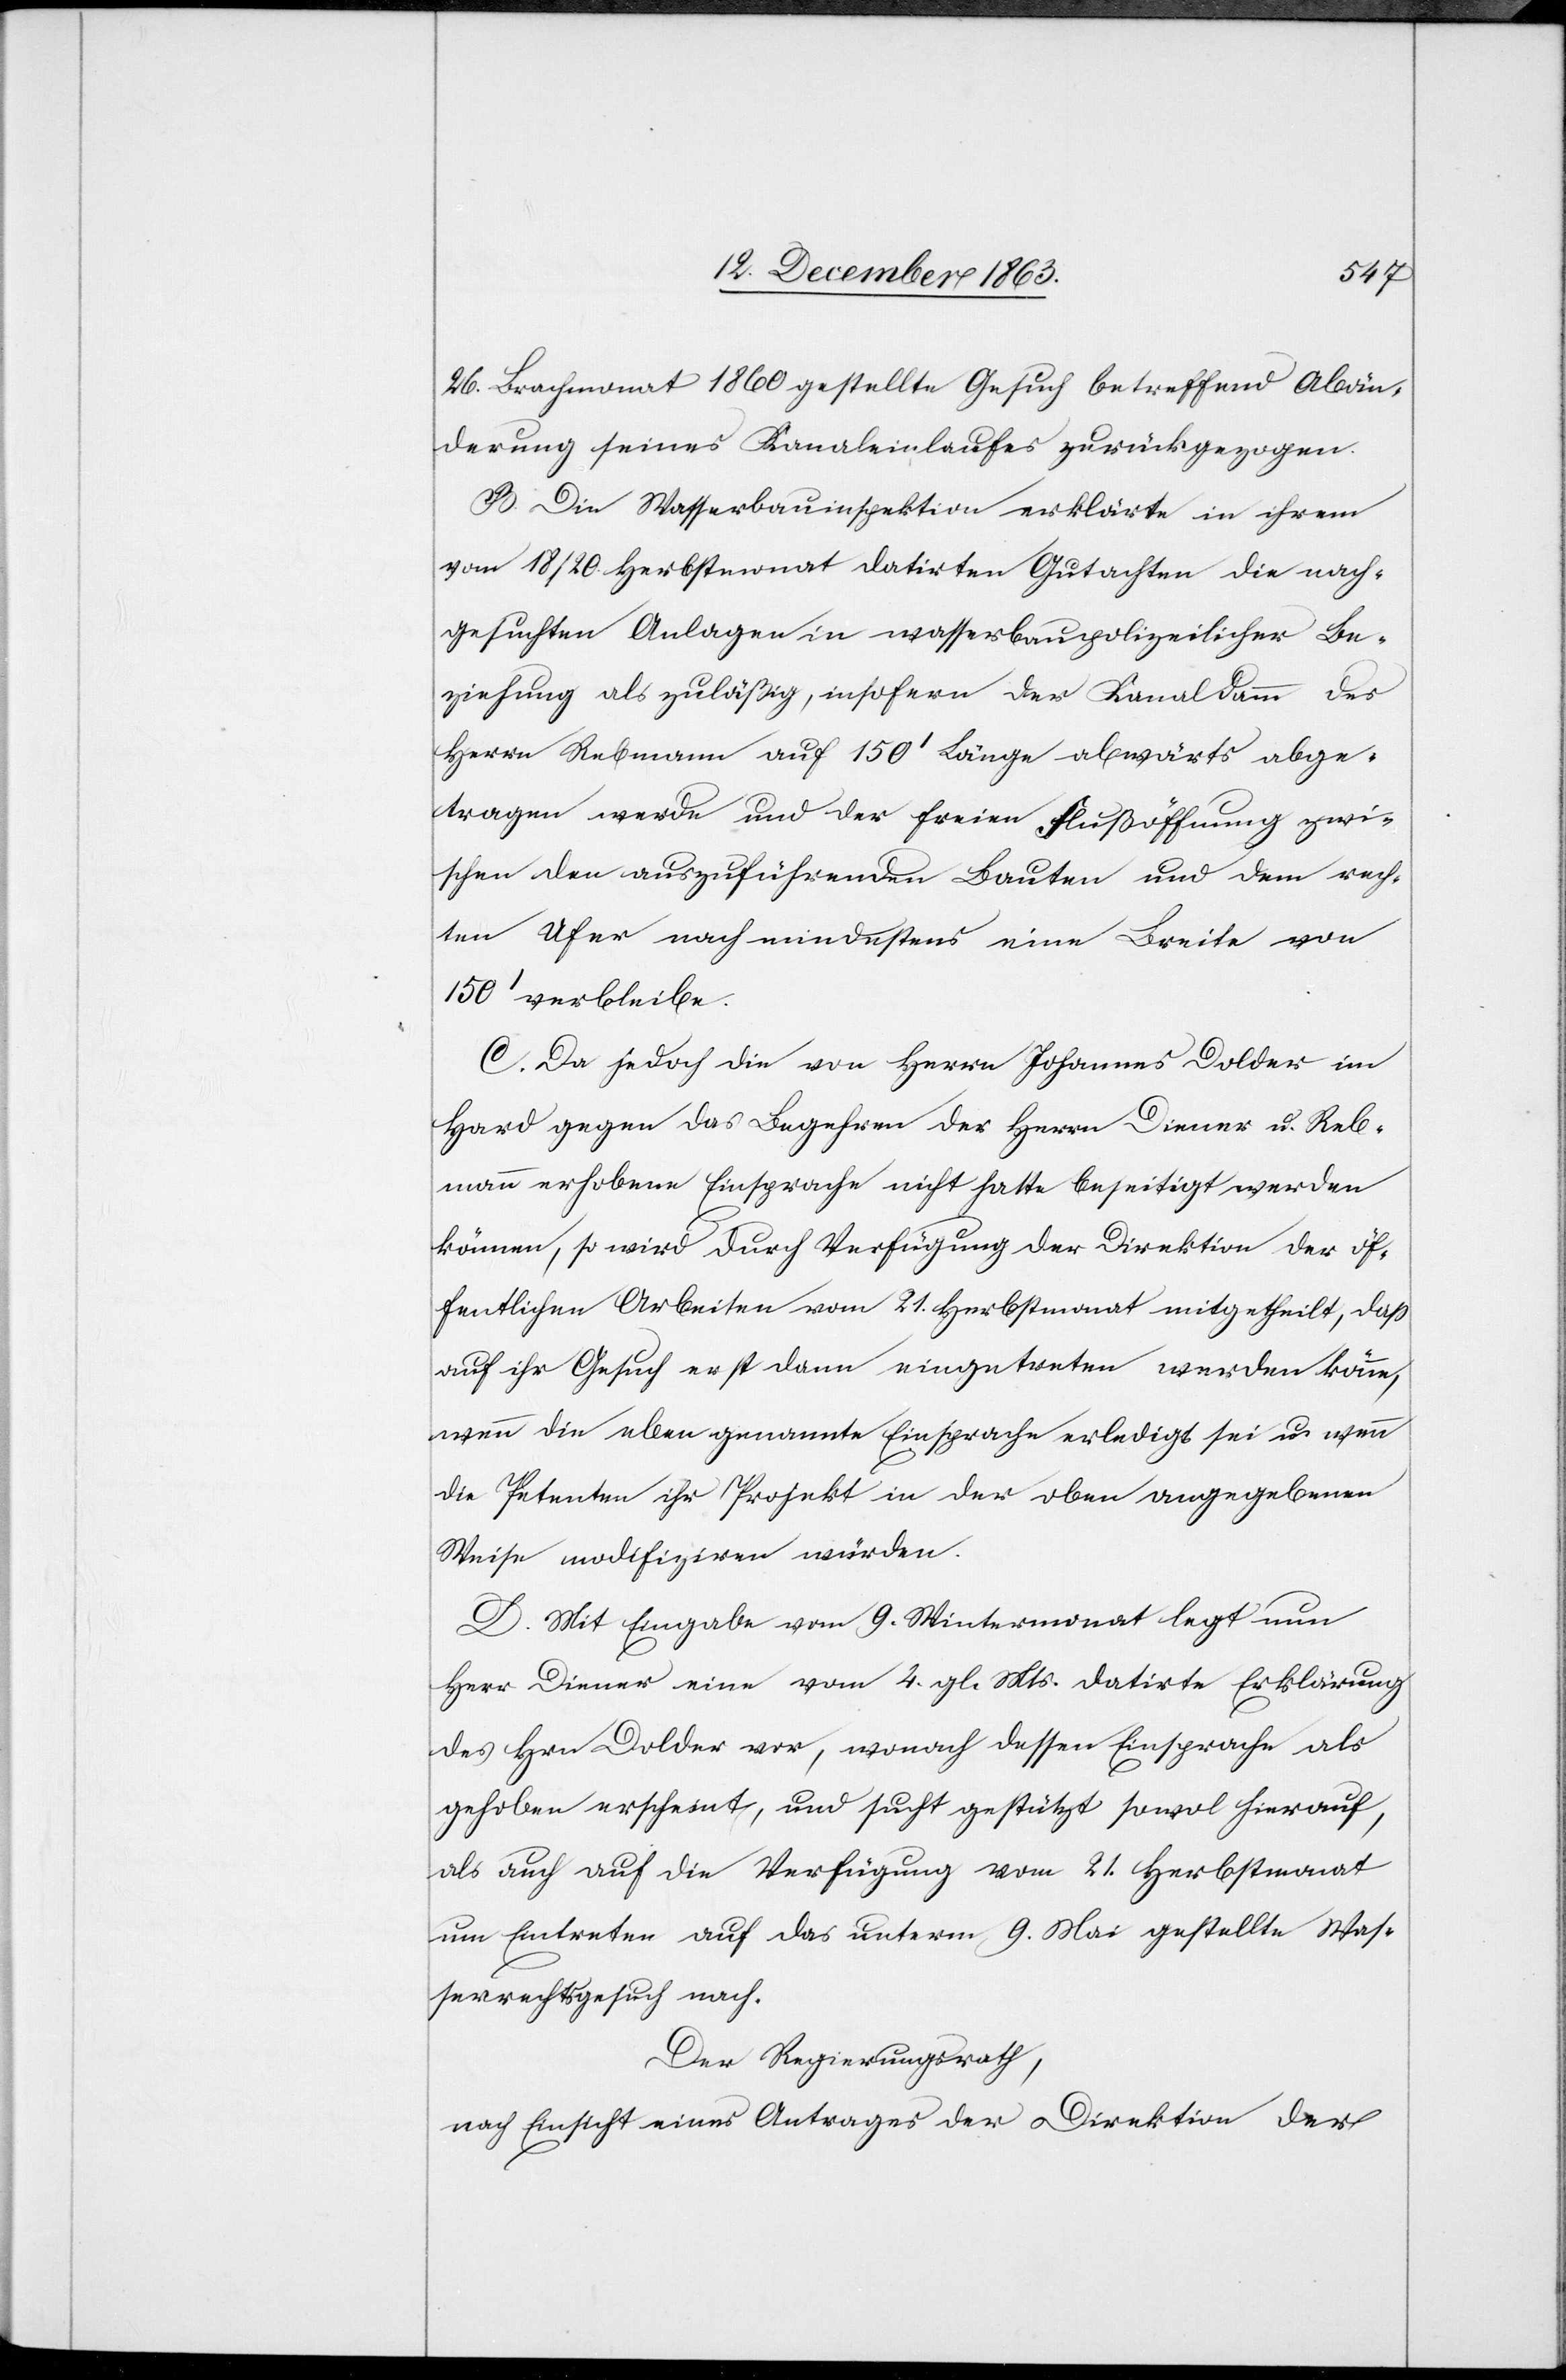
26. Brachmonat 1860 gestellte Gesuch betreffend Abän¬
derung seines Kanaleinlaufes zurückgezogen.
B. Die Wasserbauinspektion erklärte in ihrem
vom 18/20. Herbstmonat datirten Gutachten die nach¬
gesuchten Anlagen in wasserbaupolizeilicher Be¬
ziehung als zuläßig, insofern der Kanaldamm des
Herrn Rebmann auf 150' Länge abwärts abge¬
tragen werde und der freien Flußöffnung zwi¬
schen den auszuführenden Bauten und dem rech¬
ten Ufer nach mindestens eine Breite von
150' verbleibe.
C. Da jedoch die von Herrn Johannes Dolder im
Hard gegen das Begehren der Herrn Diener u. Reb¬
mann erhobene Einsprache nicht hatte beseitigt werden
können, so wird durch Verfügung der Direktion der öf¬
fentlichen Arbeiten vom 21. Herbstmonat mitgetheilt, dass
auf ihr Gesuch erst dann eingetreten werden könne,
wenn die eben genannte Einsprache erledigt sei u. wenn
die Petenten ihr Projekt in der oben angegebenen
Weise modifiziren würden.
D. Mit Eingabe vom 9. Wintermonat legt nun
Herr Diener eine vom 4. gl. Mts. datirte Erklärung
des Hrn Dolder vor, wonach dessen Einsprache als
gehoben erscheint, und sucht gestützt sowol hierauf,
als auch auf die Verfügung vom 21. Herbstmonat
um Eintreten auf das unterm 9. Mai gestellte Was¬
serrechtsgesuch nach.
Der Regierungsrath,
nach Einsicht eines Antrages der Direktion der